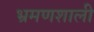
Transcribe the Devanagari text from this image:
भ्रमणशाली